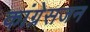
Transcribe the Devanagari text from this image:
कांग्रेसजन